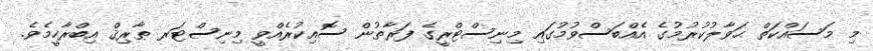
މި މަސައްކަތް ޙަވާލުކުރުމުގެ އެއްބަސްވުމުގައި މިނިސްޓްރީގެ ފަރާތުން ސޮއިކުރެއްވީ މިނިސްޓަރ ޠާރިޤް އިބްރާހީމެވެ.